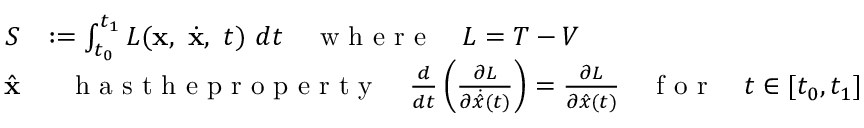
\begin{array} { r l } { S } & { : = \int _ { t _ { 0 } } ^ { t _ { 1 } } L ( { \bf x } , ~ \dot { \bf x } , ~ t ) ~ d t \quad \textrm { w h e r e } \quad L = T - V } \\ { \quad \hat { \bf x } } & { ~ ~ \textrm { h a s t h e p r o p e r t y } \quad \frac { d } { d t } \left( \frac { \partial L } { \partial \dot { \hat { x } } ( t ) } \right) = \frac { \partial L } { \partial \hat { x } ( t ) } \quad \textrm { f o r } \quad t \in [ t _ { 0 } , t _ { 1 } ] } \end{array}